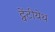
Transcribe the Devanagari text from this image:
ट्वेंटीयेथ